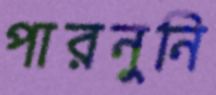
পারনুনি